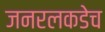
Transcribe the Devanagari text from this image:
जनरलकडेच